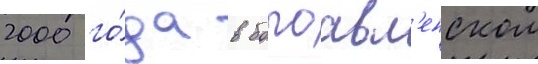
2000 го́да в богоавл'енском